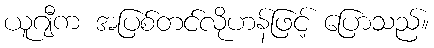
ယူဂျီက အပြစ်တင်လိုဟန်ဖြင့် ပြောသည်။